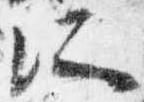
所